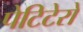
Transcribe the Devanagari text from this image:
पेटिटेरो